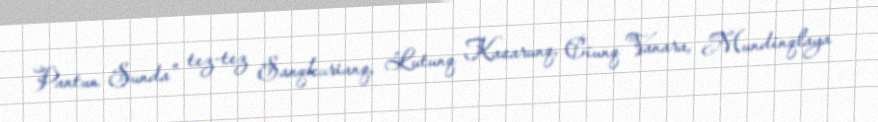
Pantun Sunda" tez-tez Sanqkurianq, Lutunq Kasarunq, Ciunq Vanara, Mundinqlaya